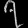
Digit: ၇